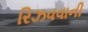
રિઝવવાની